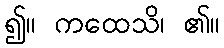
၍။ ကထေသိ၊ ၏။